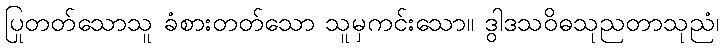
ပြုတတ်သောသူ ခံစားတတ်သော သူမှကင်းသော။ ဒွါဒသဝိဓသုညတာသုညံ၊